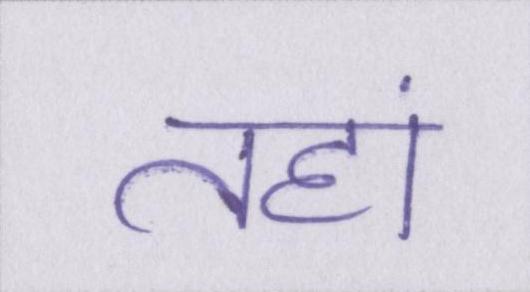
तहां